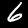
Digit: 6